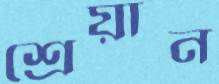
শ্রেয়ান